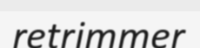
retrimmer